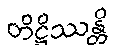
တိဋ္ဌိဿန္တိ